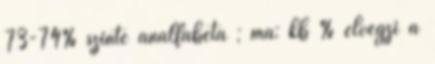
73-74% szinte analfabéta ; ma: kb % elvégzi a